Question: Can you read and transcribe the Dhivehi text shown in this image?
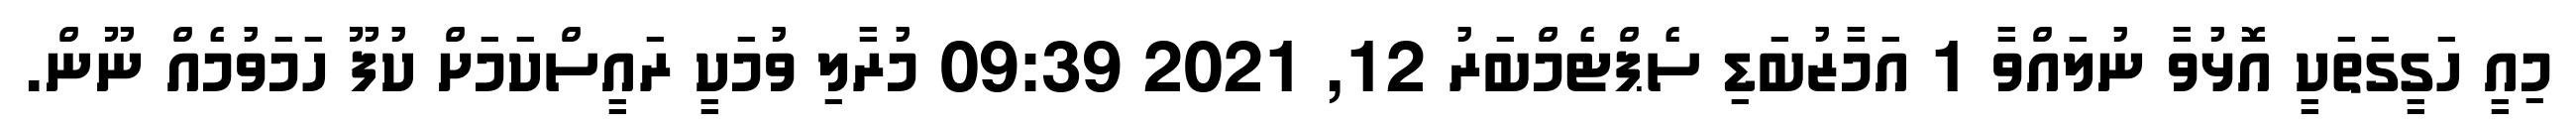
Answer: މިއީ ހަގީގަތަކީ އޮޅުވާ ނުލައްވާ 1 އަމާޒުބަޑި ސެޕްޓެމްބަރު 12, 2021 09:39 މުރާލި ވުމަކީ ރައީސްކަމަށް ކުފޫ ހަމަވުމެއް ނޫން.